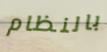
بالنظام